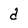
Character: d